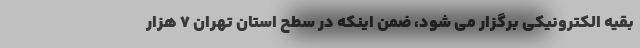
بقیه الکترونیکی برگزار می شود، ضمن اینکه در سطح استان تهران ۷ هزار